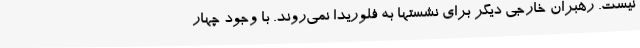
نیست. رهبران خارجی دیگر برای نشستها به فلوریدا نمی‌روند. با وجود چهار